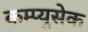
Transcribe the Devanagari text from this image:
कम्प्युसेक